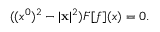
( ( x ^ { 0 } ) ^ { 2 } - | { \bf x } | ^ { 2 } ) F [ f ] ( x ) = 0 .